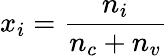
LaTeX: x_{i}=\frac{n_{i}}{n_{c}+n_{v}}